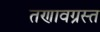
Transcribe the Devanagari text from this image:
तणावग्रस्त